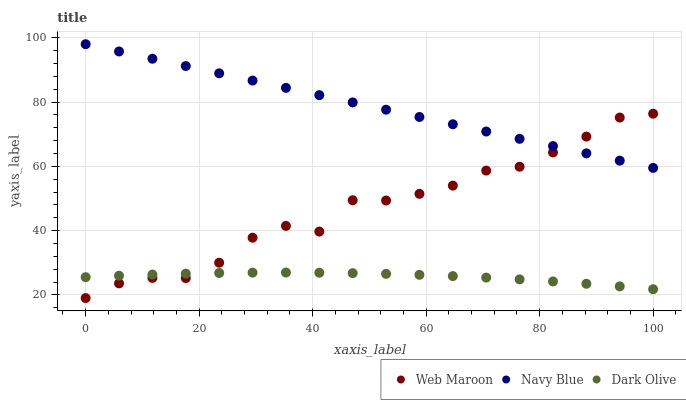
| xaxis_label | Web Maroon | Navy Blue | Dark Olive |
 | --- | --- | --- | --- |
 | 0 | 19 | 98 | 25.5 |
 | 5.88 | 23.6 | 95.7 | 26 |
 | 11.8 | 25.3 | 93.5 | 26.3 |
 | 17.6 | 25.2 | 91.2 | 26.6 |
 | 23.5 | 30 | 88.9 | 26.8 |
 | 29.4 | 37.8 | 86.7 | 26.9 |
 | 35.3 | 41.5 | 84.4 | 26.9 |
 | 41.2 | 39.7 | 82.1 | 26.9 |
 | 47.1 | 49.4 | 79.9 | 26.8 |
 | 52.9 | 49.4 | 77.6 | 26.5 |
 | 58.8 | 51.4 | 75.4 | 26.2 |
 | 64.7 | 54 | 73.1 | 25.8 |
 | 70.6 | 58.7 | 70.8 | 25.4 |
 | 76.5 | 59.9 | 68.6 | 24.8 |
 | 82.4 | 64.3 | 66.3 | 24.2 |
 | 88.2 | 69.2 | 64 | 23.4 |
 | 94.1 | 75.2 | 61.8 | 22.6 |
 | 100 | 76.4 | 59.5 | 21.7 |